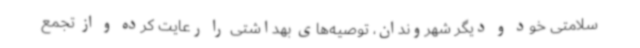
سلامتی خود و دیگر شهروندان، توصیه‌های بهداشتی را رعایت کرده و از تجمع